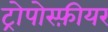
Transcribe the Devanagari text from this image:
ट्रोपोस्फ़ीयर